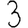
Digit: 3